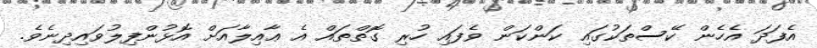
އެފަދަ އެހެން ކޭސްތަކުގައި ކަންކަން ވެފައި ހުރި ގޮތްތައް އެ ޢާއިލާއަށް އޮޅުންފިލުވައިދިނެވެ.